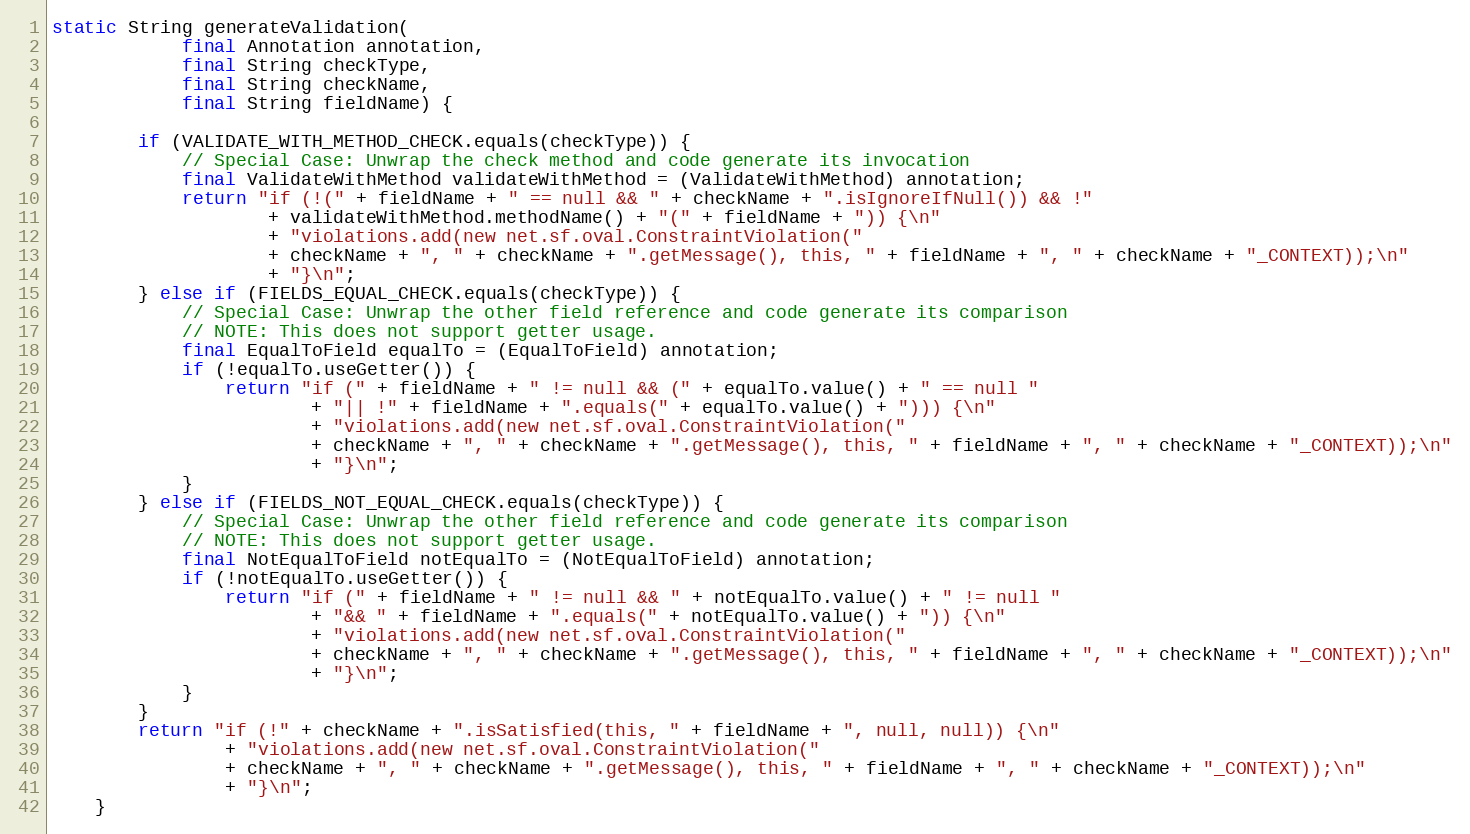
Language: Java
static String generateValidation(
            final Annotation annotation,
            final String checkType,
            final String checkName,
            final String fieldName) {

        if (VALIDATE_WITH_METHOD_CHECK.equals(checkType)) {
            // Special Case: Unwrap the check method and code generate its invocation
            final ValidateWithMethod validateWithMethod = (ValidateWithMethod) annotation;
            return "if (!(" + fieldName + " == null && " + checkName + ".isIgnoreIfNull()) && !"
                    + validateWithMethod.methodName() + "(" + fieldName + ")) {\n"
                    + "violations.add(new net.sf.oval.ConstraintViolation("
                    + checkName + ", " + checkName + ".getMessage(), this, " + fieldName + ", " + checkName + "_CONTEXT));\n"
                    + "}\n";
        } else if (FIELDS_EQUAL_CHECK.equals(checkType)) {
            // Special Case: Unwrap the other field reference and code generate its comparison
            // NOTE: This does not support getter usage.
            final EqualToField equalTo = (EqualToField) annotation;
            if (!equalTo.useGetter()) {
                return "if (" + fieldName + " != null && (" + equalTo.value() + " == null "
                        + "|| !" + fieldName + ".equals(" + equalTo.value() + "))) {\n"
                        + "violations.add(new net.sf.oval.ConstraintViolation("
                        + checkName + ", " + checkName + ".getMessage(), this, " + fieldName + ", " + checkName + "_CONTEXT));\n"
                        + "}\n";
            }
        } else if (FIELDS_NOT_EQUAL_CHECK.equals(checkType)) {
            // Special Case: Unwrap the other field reference and code generate its comparison
            // NOTE: This does not support getter usage.
            final NotEqualToField notEqualTo = (NotEqualToField) annotation;
            if (!notEqualTo.useGetter()) {
                return "if (" + fieldName + " != null && " + notEqualTo.value() + " != null "
                        + "&& " + fieldName + ".equals(" + notEqualTo.value() + ")) {\n"
                        + "violations.add(new net.sf.oval.ConstraintViolation("
                        + checkName + ", " + checkName + ".getMessage(), this, " + fieldName + ", " + checkName + "_CONTEXT));\n"
                        + "}\n";
            }
        }
        return "if (!" + checkName + ".isSatisfied(this, " + fieldName + ", null, null)) {\n"
                + "violations.add(new net.sf.oval.ConstraintViolation("
                + checkName + ", " + checkName + ".getMessage(), this, " + fieldName + ", " + checkName + "_CONTEXT));\n"
                + "}\n";
    }